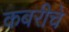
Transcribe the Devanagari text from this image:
कबरीचे